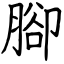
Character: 腳